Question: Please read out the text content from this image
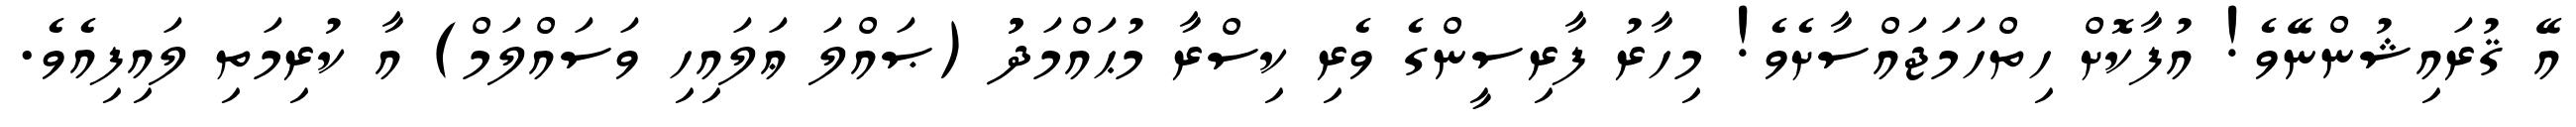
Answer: އޭ ޤުރައިޝުންނޭވެ! އުފާކޮށް ހިތްހަމަޖައްސާށެވެ! މިހާރު ފާރިސީންގެ ވެރި ކިސްރާ މުޙައްމަދުު (ޞައްލަ ޢަލައިހި ވަސައްލަމް) އާ ކުރިމަތި ލައިފިއެވެ.